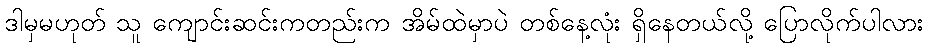
ဒါမှမဟုတ် သူ ကျောင်းဆင်းကတည်းက အိမ်ထဲမှာပဲ တစ်နေ့လုံး ရှိနေတယ်လို့ ပြောလိုက်ပါလား